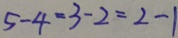
5 - 4 = 3 - 2 = 2 - 1